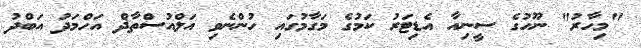
"މިހާރު" ނޫހުގެ ސީނިއާ އެޑިޓަރު ކަމުގެ މަގާމުގައި ހުންނެވި އަލްއުސްތާޛް އަހްމަދު އަބްދު